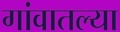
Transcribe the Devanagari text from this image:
गांवातल्या